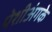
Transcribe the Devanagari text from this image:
पेशीअंगके